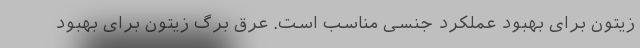
زیتون برای بهبود عملکرد جنسی مناسب است. عرق برگ زیتون برای بهبود